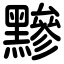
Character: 黲